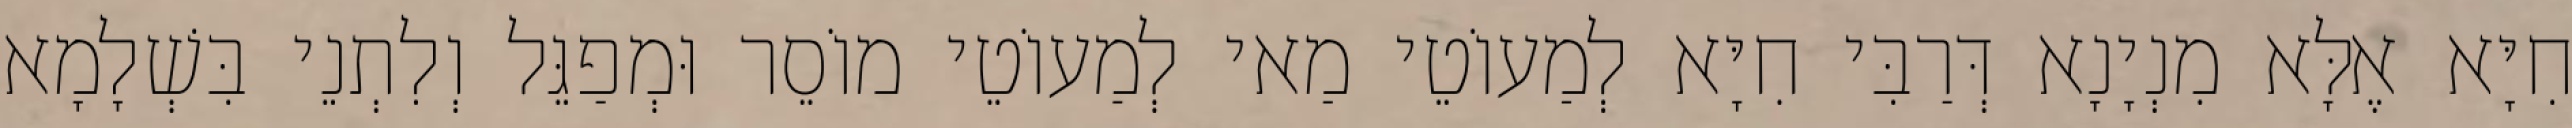
חִיָּא אֶלָּא מִנְיָנָא דְּרַבִּי חִיָּא לְמַעוֹטֵי מַאי לְמַעוֹטֵי מוֹסֵר וּמְפַגֵּל וְלִתְנֵי בִּשְׁלָמָא